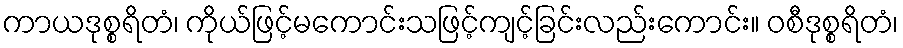
ကာယဒုစ္စရိတံ၊ ကိုယ်ဖြင့်မကောင်းသဖြင့်ကျင့်ခြင်းလည်းကောင်း။ ဝစီဒုစ္စရိတံ၊